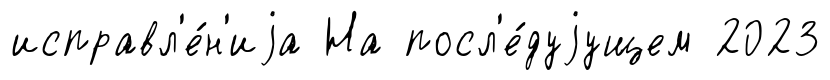
исправл'е́н'иjа На посл'е́дуjущем 2023